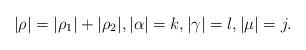
LaTeX: \begin{align*}|\rho|=|\rho_1|+|\rho_2|, |\alpha|=k, |\gamma|=l, |\mu|=j.\end{align*}